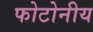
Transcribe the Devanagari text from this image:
फोटोनीय